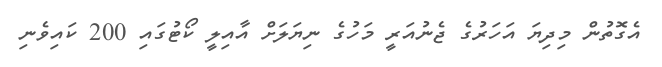
އެގޮތުން މިދިޔަ އަހަރުގެ ޖެނުއަރީ މަހުގެ ނިޔަލަށް އާއިލީ ކޯޓުގައި 200 ކައިވެނި